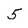
Character: 5